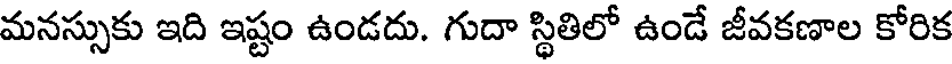
మనస్సుకు ఇది ఇష్టం ఉండదు. గుదా స్థితిలో ఉండే జీవకణాల కోరిక